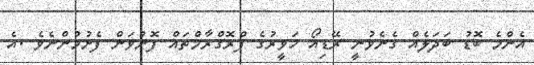
އެންމެ ބޮޑު ބަދަލެއް ގެނެވުނީ ރޭޑިއޯ ހަވީރުގެ ޕްރޮގްރާމްތައް ފޮނުވަން ފެށުމުންނެވެ .އެ